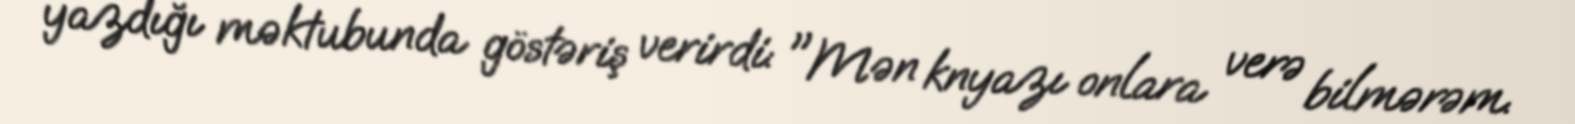
yazdığı məktubunda göstəriş verirdi: "Mən knyazı onlara verə bilmərəm.